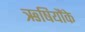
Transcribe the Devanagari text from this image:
ऋषियौंके